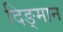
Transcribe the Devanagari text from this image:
दिङ्‌मान